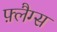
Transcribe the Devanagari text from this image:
फ़्लैग्स